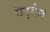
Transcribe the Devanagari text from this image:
पेट्रोन